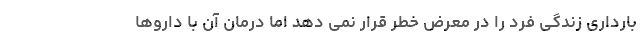
بارداری زندگی فرد را در معرض خطر قرار نمی دهد اما درمان آن با داروها